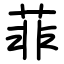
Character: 菲